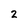
Character: 2